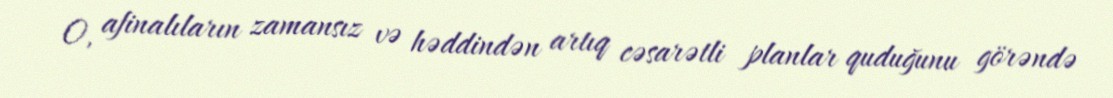
O, afinalıların zamansız və həddindən artıq cəsarətli planlar quduğunu görəndə